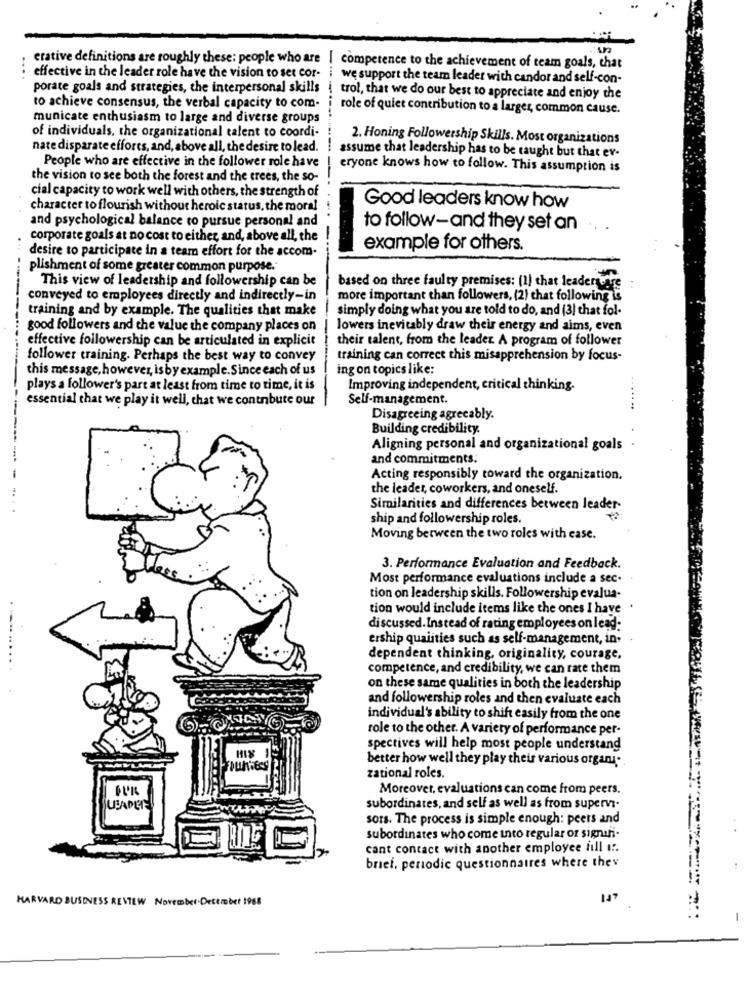
....
erative definitions are roughly these: people who are | competence to the achievement of team goals, that
effective in the leader role have the vision to set cor-
we support the team leader with candor and self-con-
porate goals and strategies, the interpersonal skills { trol, that we do our best to appreciate and enjoy the
to achieve consensus, the verbal capacity to com-
role of quiet contribution to a larger, common cause.
municate enthusiasm to large and diverse groups
of individuals, the organizational talent to coordi-
2. Honing Followership Skills. Most organizations
nate disparate efforts, and, above all, the desire to lead.
People who are effective in the follower role have
assume that leadership has to be taught but that ev-
eryone knows how to follow. This assumption is
the vision to see both the forest and the trees, the so-
----
cial capacity to work well with others, the strength of
character to flourish without heroic status, the moral
Good leaders know how
and psychological balance to pursue personal and
to follow-and they set an
corporate goals at no cost to either, and, above all, the
desire to participate in a team effort for the accom-
example for others.
plishment of some greater common purpose.
This view of leadership and followership can be
based on three faulty premises: (1) that leadersare
conveyed to employees directly and indirectly-in
more important than followers, (2) chat following is
training and by example. The qualities that make
simply doing what you are told to do, and (3) that fol-
good followers and the value the company places on
lowers inevitably draw their energy and aims, even
effective followership can be articulated in explicit
their talent, from the leader A program of follower
follower training. Perhaps the best way to convey
training can correct this misapprehension by focus-
this message, however, isby example. Since each of us
ing on topics like:
plays a follower's part at least from time to time, it is
Improving independent, critical thinking.
essential that we play it well, that we contnbute our
Self-management.
Disagreeing agreeably.
Building credibility
Aligning personal and organizational goals
and commitments.
Acting responsibly toward the organization.
the leader, coworkers, and oneself.
Similarities and differences between leader-
ship and followership roles.
Moving between the two roles with case.
3. Performance Evaluation and Feedback.
Most performance evaluations include a sec-
tion on leadership skills. Followership evalua-
tion would include items like the ones I have '
discussed. Instead of rating employees on lead:
ership quaiities such as self-management, in-
dependent thinking, originality, courage,
competence, and credibility, we can rate them
on these same qualities in both the leadership
and followership roles and then evaluate each
individual's ability to shift easily from the one
role to the other. A variety of performance per-
spectives will help most people understand
HIX
better how well they play their various organy.
zational roles.
Moreover, evaluations can come from peers.
subordinates, and self as well as from supervi-
sors. The process is simple enough: peers and
subordinates who come into regular or signuli-
cant contact with another employee full I :.
brief, perodic questionnaires where they
HARVARD BUSINESS REVIEW November.December 1988